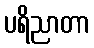
ပရိညာတာ